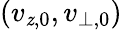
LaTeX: (v_{\mathit{z},0},v_{\perp,0})